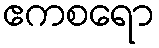
ဧကစရော